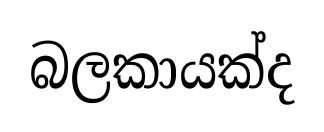
බලකායක්ද